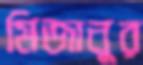
মিজানূর